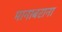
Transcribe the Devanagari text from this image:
मानाबराना